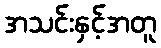
အသင်းနှင့်အတူ